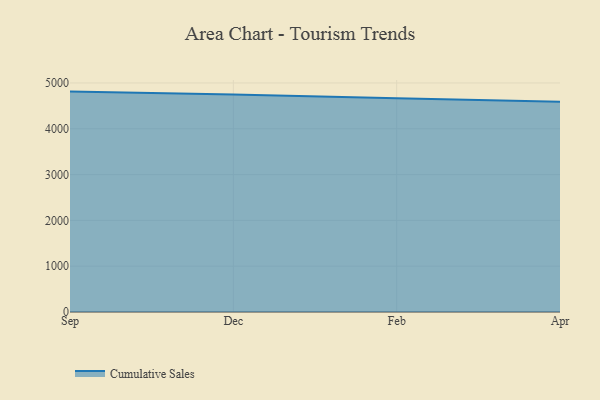
{"axis": {"x": "Month", "y": "LTV (USD)"}, "legend": ["Cumulative Sales"], "data": [{"x": "Sep", "y": 4811.2, "type": "Cumulative Sales"}, {"x": "Dec", "y": 4748.3, "type": "Cumulative Sales"}, {"x": "Feb", "y": 4664.4, "type": "Cumulative Sales"}, {"x": "Apr", "y": 4590.3, "type": "Cumulative Sales"}]}